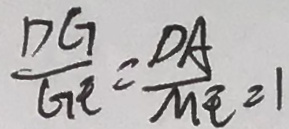
\frac { D G } { G E } = \frac { D A } { M E } = 1